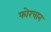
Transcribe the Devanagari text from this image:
फोरचान